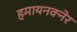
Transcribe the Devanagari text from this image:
हमायनक्नेर